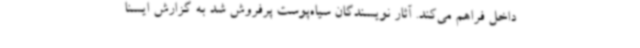
داخل فراهم می‌کند. آثار نویسندگان سیاه‌پوست پرفروش شد به گزارش ایسنا